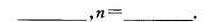
___，$$n =$$ ___。